Scottish Leaving Certificate Examination, 1959
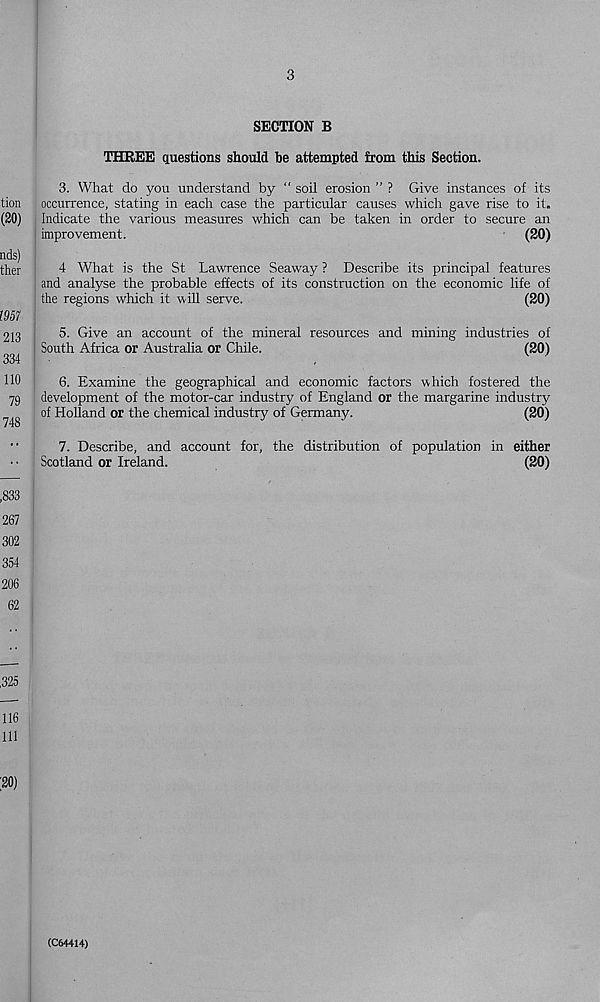
3
SECTION B
THREE questions should be attempted from this Section.
tion
(20)
nds)
ther
l%1
213
334
110
79
748
3. What do you understand by “ soil erosion ” ? Give instances of its
occurrence, stating in each case the particular causes which gave rise to it.
Indicate the various measures which can be taken in order to secure an
improvement.
(20)
- •
4 What is the St Lawrence Seaway ? Describe its principal features
and analyse the probable effects of its construction on the economic life of
the regions which it -will serve.
(20)
5. Give an account of the mineral resources and mining industries of
South Africa or Australia or Chile.
(20)
6. Examine the geographical and economic factors which fostered the
development of the motor-car industry of England or the margarine industry
of Holland or the chemical industry of Germany.
(20)
•'
7. Describe, and account for, the distribution of population in either
Scotland or Ireland.
(20)
,833
267
302
354
206
62
,325
116
111
20)
(C64414)